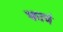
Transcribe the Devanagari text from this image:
कावं